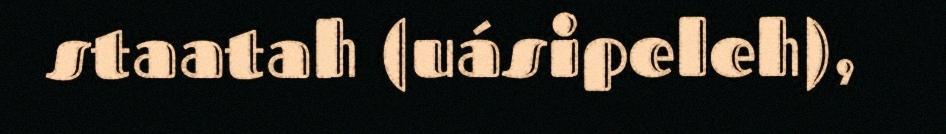
staatah (uásipeleh),